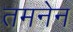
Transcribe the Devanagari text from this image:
तमनेन